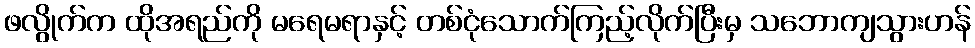
ဖလွိုက်က ထိုအရည်ကို မရေမရာနှင့် တစ်ငုံသောက်ကြည့်လိုက်ပြီးမှ သဘောကျသွားဟန်